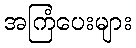
အကြံပေးများ